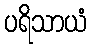
ပရိသာယံ